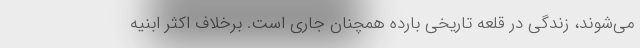
می‌شوند، زندگی در قلعه تاریخی بارده همچنان جاری است. برخلاف اکثر ابنیه